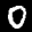
Label: 0